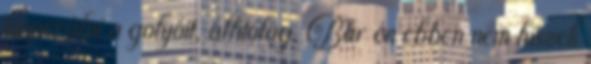
kioperálni a golyóit, állítólag. Bár én ebben nem hiszek